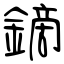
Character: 鏑